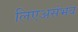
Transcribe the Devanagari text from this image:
लिएअसंभव